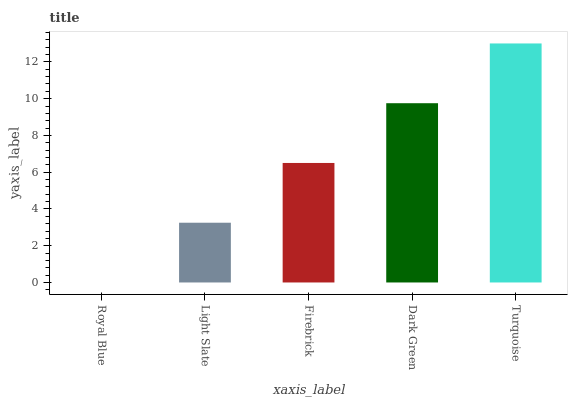
| xaxis_label | bars |
 | --- | --- |
 | Royal Blue | 0 |
 | Light Slate | 3.25 |
 | Firebrick | 6.5 |
 | Dark Green | 9.75 |
 | Turquoise | 13 |